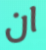
ان